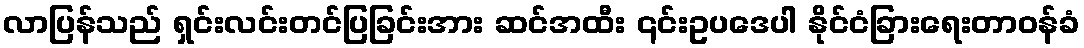
လာပြန်သည် ရှင်းလင်းတင်ပြခြင်းအား ဆင်အထီး ၎င်းဥပဒေပါ နိုင်ငံခြားရေးတာဝန်ခံ